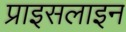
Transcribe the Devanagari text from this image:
प्राइसलाइन